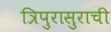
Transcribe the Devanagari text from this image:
त्रिपुरासुराची